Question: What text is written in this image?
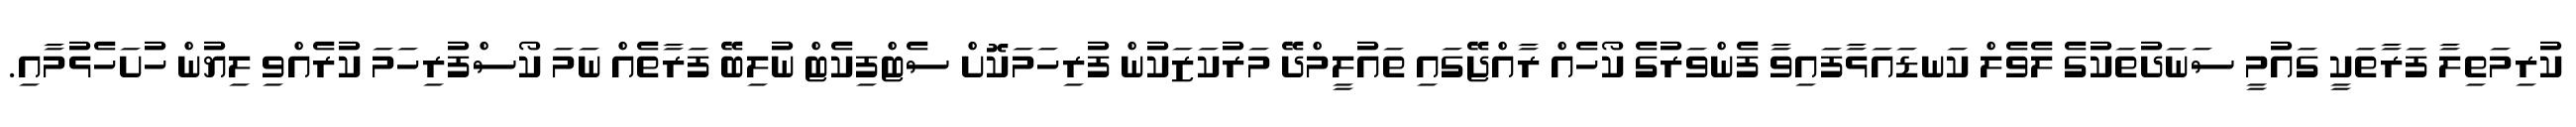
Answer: ކުރިމަތިލާ ފަރާތަކީ ގައުމީ ސަނަދުތަކުގެ ލެވެލް ކަނޑައަޅާފައިވާ ފެންވަރުގެ ކޯހެއް ރާއްޖޭގައި ތައުލީމްދޭ މަރުކަޒަކުން ފުރިހަމަކޮށް ސެޓްފިކެޓް ނުލިބޭ ފަރާތެއް ނަމަ ކޯސްފުރިހަމަ ކުރެއްވި ލިޔުން ހުށަހެޅުމާއި.